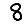
Digit: 8